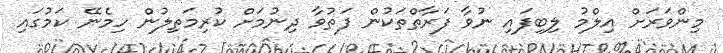
މިންވަރަށް އިލްމު ލިބިފައި ނުވާ ފަރާތްތަކުން ފަތުވާ ދިނުމަށް ކުރިމަތިލުން ހިމެނޭ ކަމުގައި